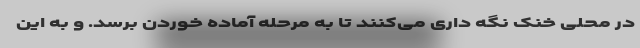
در محلی خنک نگه داری می‌کنند تا به مرحله آماده خوردن برسد. و به این